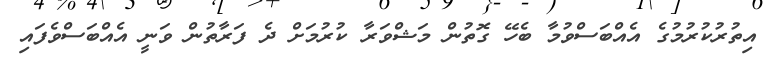
އިތުރުކުރުމުގެ އެއްބަސްވުމާ ބެހޭ ގޮތުން މަޝްވަރާ ކުރުމަށް ދެ ފަރާތުން ވަނީ އެއްބަސްވެފައި